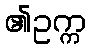
၏ဥက္က